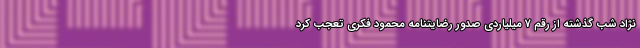
نژاد شب گذشته از رقم 7 میلیاردی صدور رضایتنامه محمود فکری تعجب کرد